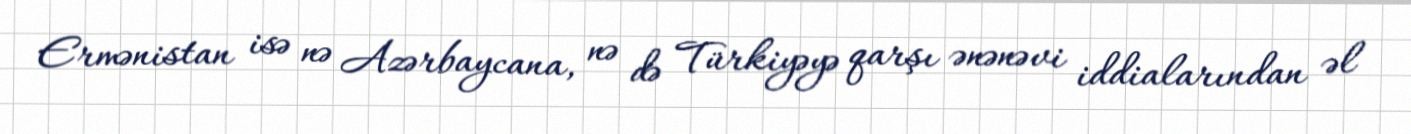
Ermənistan isə nə Azərbaycana, nə də Türkiyəyə qarşı ənənəvi iddialarından əl